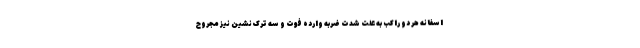
اسفانه هر دو راکب به علت شدت ضربه وارده فوت و سه ترک‌نشین نیز مجروح